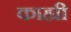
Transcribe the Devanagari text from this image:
काह्यी